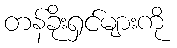
တန်ခိုးရှင်များကို